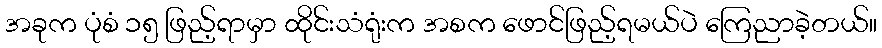
အခုက ပုံစံ ၁၅ ဖြည့်ရာမှာ ထိုင်းသံရုံးက အစက ဖောင်ဖြည့်ရမယ်ပဲ ကြေညာခဲ့တယ်။